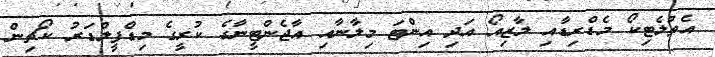
އެތުލެޓިކޯ މެޑްރިޑާއި ލާޒިއޯ އަދި އިންޓަ މިލާނާއި އާޖެންޓީނާގެ ކުރީގެ މިޑްފީލްޑަރު ކޯޗިން